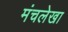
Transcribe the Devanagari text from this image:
मंचलेखा